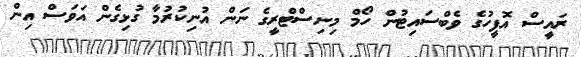
ރައީސް އޮފީހުގެ ވެބްސައިޓުން ހޯމް މިނިސްޓްރީގެ ނަން އުނިކުރުމާ ގުޅިގެން އަވަސް އިން